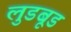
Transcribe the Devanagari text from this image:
लुडबूड